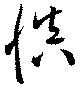
慎